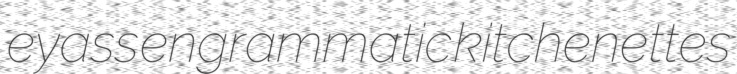
eyass engrammatic kitchenettes